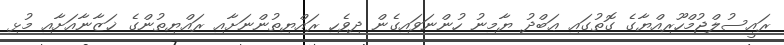
ރައީސުލްޖުމްހޫރިއްޔާގެ ގޮތުގައި ޢަބްދު ޔާމިނު ހުންނަވައިގެން ދިވެހި ރައްޔިތުންނަށާއި ރައްޔިތުންގެ ޚަޒާނާއަށާއި މުޅި